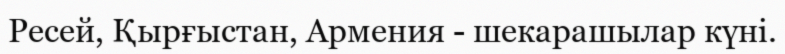
Ресей, Қырғыстан, Армения - шекарашылар күні.